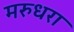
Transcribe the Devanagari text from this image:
मरुधरा